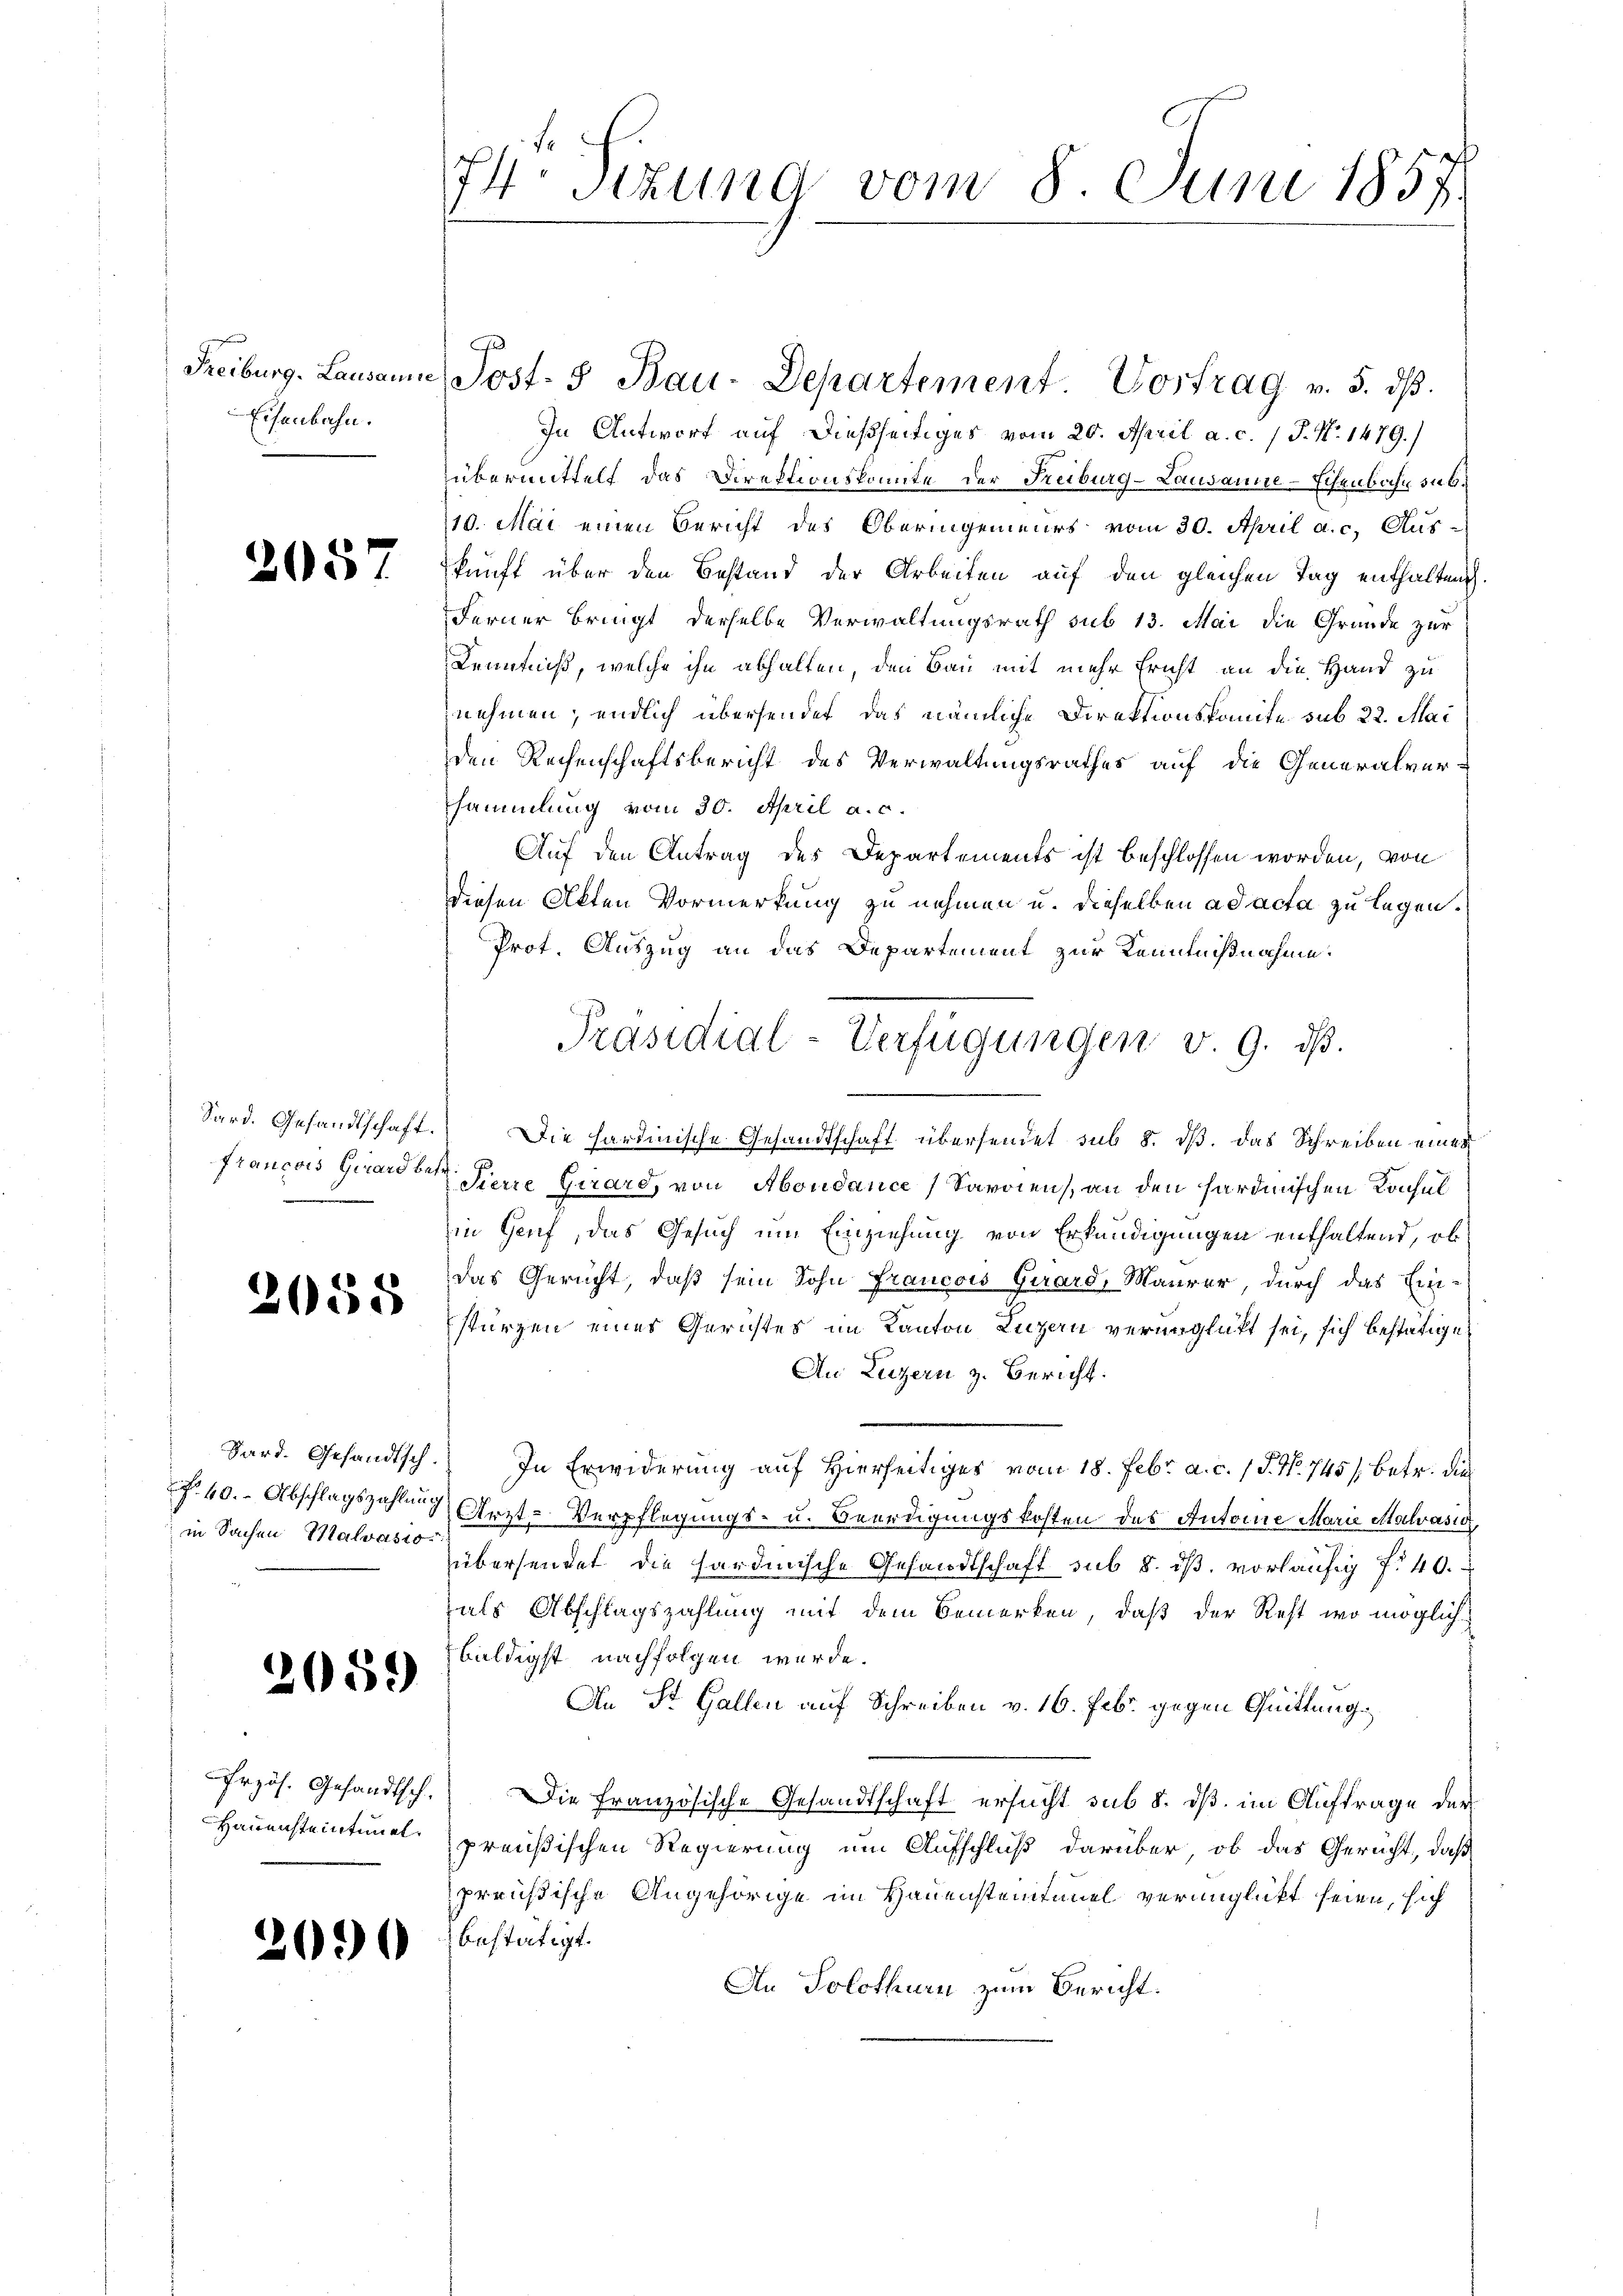
Freiburg. Lausauis
Eisenbahn.

)

2057

055

Sard. Gesandtsch-
 40. Abschlagszahlung
in Sachen Malvasio

2059

Frzös. Gesandtsch.
Hauensteintung

690

74 sizung vom 8. Juni 1857.

Post. 5 Bau-Departement. Vortrag v. 5. dβ.
In Antwort auf dießseitiges vom 20. April a. c. 1 P. Nr. 1479.)
übermittelt das Direktionskomite der Freiburg-Lausanne-Eisenbahn sub¬
10. Mai einen Bericht des Oberingenieurs vom 30. April a. c. Aus-
kunft über den Bestand der Arbeiten auf den gleichen Tag enthalten
Ferner bringt derselbe Verwaltungsrath sub 13. Mai die Grunde zur
Kenntniß, welche ihn abhalten, den Bau mit mehr Ericht an die Hand zu
nehmen; endlich übersendet, das nämliche Direktionskomite sub 22. Mai
den Rechenschaftsbericht des Verwaltungsrathes auf die Generalver-
sammlung vom 30. April a. c.
Auf den Antrag des Departements ist beschlossen worden, von
diesen Akten Vormerkung zu nehmen u. dieselben ad acta zu legen.
Prot. Auszug an das Departement zur Kenntnißnahme.
Sard. Gesandtschaft. Die hardinische Gesandtschaft übersendet sub 8. dß. Das Schreiben eines
francois Girard der Tiere Girard, von Aboudance Sardien, an den sardinischen Konsul
in Genf, das Gesuch um Einziehung von Erkundigungen enthaltend, ob
das Gericht, daß sein Sohn Francois Girard, Maurer, durch das Ein-
stürzen eines Gerichtes im Kanton Luzern verunglicht sei, sich bestätige
An Luzern z. Bericht.
In Erwiderung auf Hierseitiges vom 18. Febr. a. c. 1 P. Nr. 745 / betr. die
 Ärzte Verpflegungs- u. Beerdigungskosten des Autore Marie Malvasio
übersendet die hardinische Gesandtschaft sub 8. dß, vorläufig f. 40.
als Abschlagszahlung mit dem Bemerken, daß der Rest wo möglichbuldigst nachfolgen werde.
An St. Gallen auf Schreiben v. 16. Febr. gegen Quittung.
Die Französische Gesandtschaft ersucht sub 8. dß im Auftrage der
preußischen Regierung um Aufschluß darüber, ob das Gericht, daß
preußische Angehörige im Hauensteintimel verunglückt seien, sich
bestätigt.
An Solothurn zum Bericht.

Präsidial-Verfügungen v. 9. dβ.